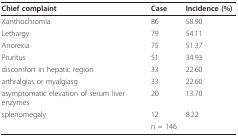
| Chief complaint | Case | Incidence (%) |
 | --- | --- | --- |
 | Xanthochromia | 86 | 58.90 |
 | Lethargy | 79 | 54.11 |
 | Anorexia | 75 | 51.37 |
 | Pruritus | 51 | 34.93 |
 | discomfort in hepatic region | 33 | 22.60 |
 | arthralgias or myalgiasg | 33 | 22.60 |
 | asymptomatic elevation of serum liver enzymes | 20 | 13.70 |
 | splenomegaly | 12 | 8.22 |
 |  | n = 146 |  |